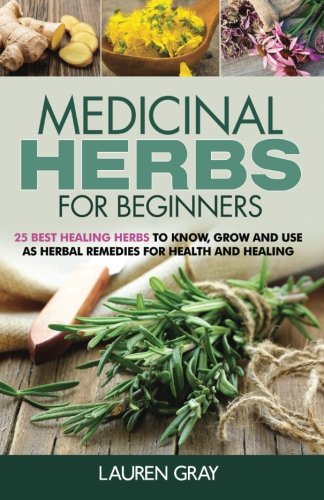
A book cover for Medicinal Herbs For Beginners: 25 Best Healing Herbs to Know and Use As Herbal Remedies for Health and Healing; Lauren Gray; Health, Fitness & Dieting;